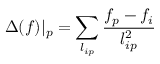
\Delta ( f ) \vert _ { p } = \sum _ { l _ { i p } } \frac { f _ { p } - f _ { i } } { l _ { i p } ^ { 2 } }